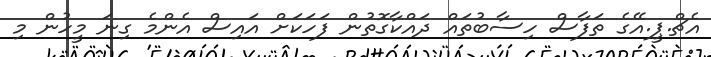
އެޗް.ޕީ.އޭގެ ތަފާސް ހިސާބުތައް ދައްކާގޮތުން ފަހަކަށް އައިސް އެންމެ ގިނަ މީހުން މި